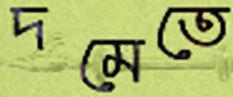
দমেতে